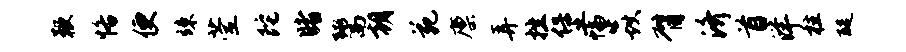
鞭恪便竦萱陀睹鬻朝苑廪弄挫堡幅焱臂济首洋柱醍